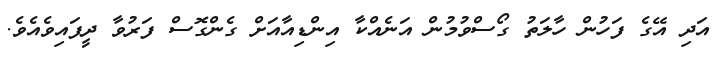
އަދި އޭގެ ފަހުން ހާލަތު ގޯސްވުމުން އަނެއްކާ އިންޑިއާއަށް ގެންގޮސް ފަރުވާ ދީފައިވެއެވެ.